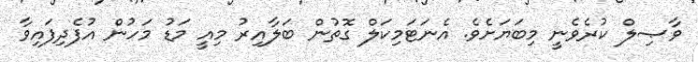
ވާޞިލް ކުރެވެނީ މިބަޔަށެވެ. އެނަޓަމިކަލް ގޮތުން ބަލާއިރު މިއީ މަޑު މަހުން އުފެދިފައިވާ